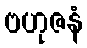
ဗဟုဇနံ